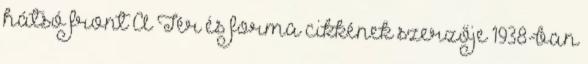
hátsó front A Tér és forma cikkének szerzője 1938-ban